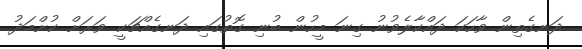
ދަނގެތިން ވާހަކަ ދައްކާލެވުނު ގިނަ މީހުން ބުނި ގޮތުގައި ދަނގެއްޗަކީ ވަރަށް ކުށްމަދު